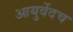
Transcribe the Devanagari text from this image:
आयुर्वेदच